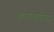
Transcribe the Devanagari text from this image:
कार्यवाहिया